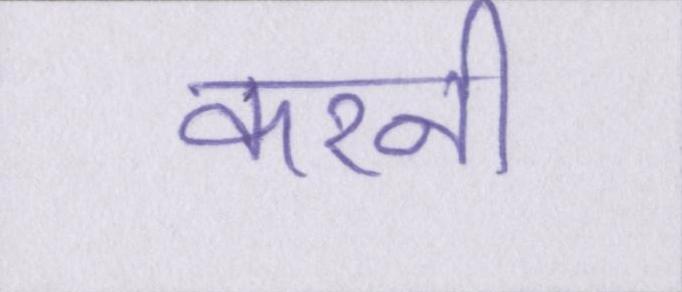
करनी